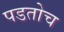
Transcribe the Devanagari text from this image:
पडतोच